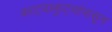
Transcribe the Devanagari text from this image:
काट्याकुट्यांपासून